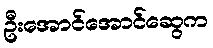
ဦးအောင်အောင်ဆွေက